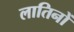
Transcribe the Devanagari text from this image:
लातिनों